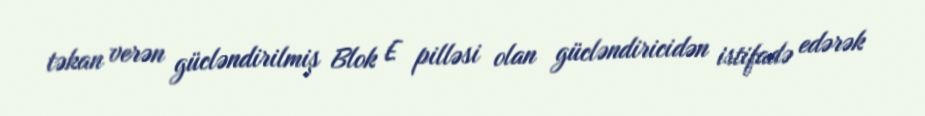
təkan verən gücləndirilmiş Blok E pilləsi olan gücləndiricidən istifadə edərək